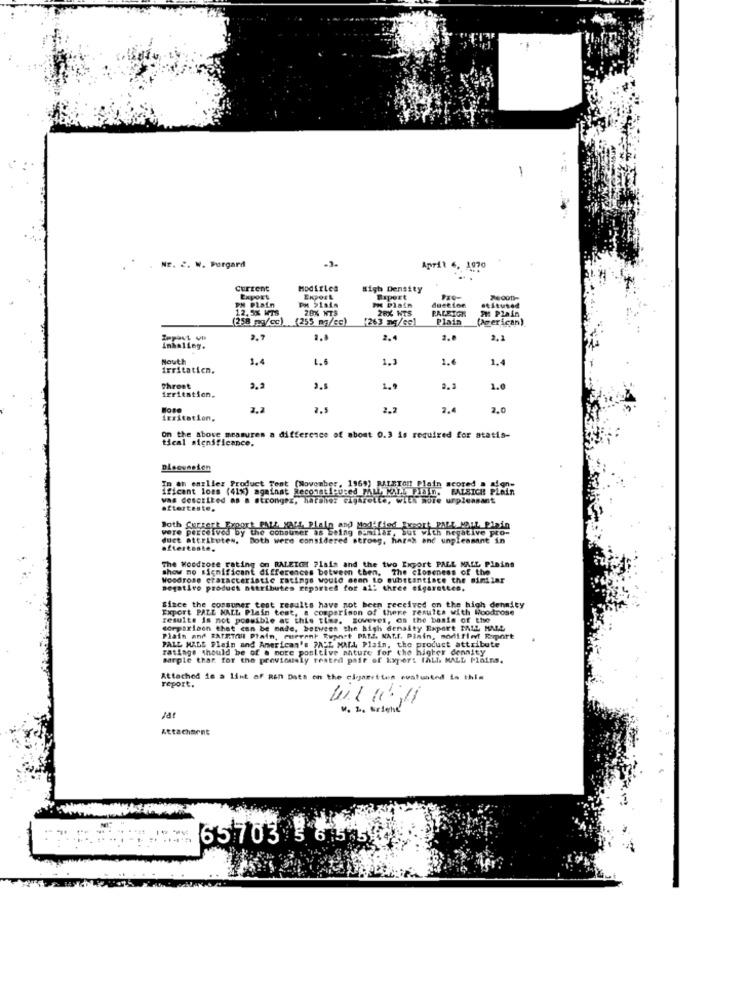
Nr. 2. W. Porgard
.3.
April 6, 1070
...
Current
High Density
Export
ERPOEL
Expert
24001-
PH Plain
12,5% WTS
PM >1al4
28% NTS
28X NTS
duction
PALETGR
PH Plain
stituted
(258 mg/cc) (255 mg/cc)
(263 mg/ce)
Plain
Prerican)
2.7
2.
2, 1
Inhaling.
Nouth
1.4
L.6
1.3
1.
1.4
irritatien.
Throat
irritation.
2.2
1.9
2.3
1.0
Hose
2.4
2.0
irritation,
on the above measures a difference of about 0.3 is required for statis-
tical significance.
Te.an englier Product Tont
ificant loss (41%) against Reconfi Cured PALL OLL Plain, FALSICH PLAin
(November, 1969) RALEIGH Plain scored
was described as a strongez, harsher cigarette, with more urpleasant
afterteste,
Both Correrk Export PALL Haft Plain and Modified Ersart PALL MALL Pinin
were perceived by the consumer as being similar, but with negative pro-
duct attributes. Both were considered strong, harsh and unpleasant in
aftertaste.
The Woodtore rating on RALEIGH Plain and the two Export PALL MALL Pleins
show no significant differences between then, The closeness of the
Woodrose craracteristic ratings would seen to substantiate the minilar
negativo product attributes reported for all three cigarettes.
Export PALL MALL Plain test, a comparison of there results with Woodrose
Since the communer test results have not been received on the high density
results is not possible at this time. govever, on the basis of the
comparison that can be made, between the high density Export PALL MALL
Plain and BATETIL Plain, current Ruanet PAIS. NAT.F. Pinin, modifie Raport
PALL MALS Plain and American's ?A'L MAIL Plain, the product attribute
ratings should be of a note positive nature for the higher dennity
sarple thar for the previously teated pair of Export fall. MALL Plains.
report.
Attached is a lint of Ren Date on the cigaretten evaluated to this
111111
V. 2. arighe
Attachment
--
65703 5 6.535